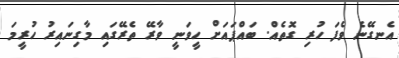
އެނގޭނެ ވެފަ ހުރި ގޮތެއް. ބައްޕައަށް ހީވަނީ ވާރޭ ތެރޭގައި މާގިނައިރު ހުރީމަ